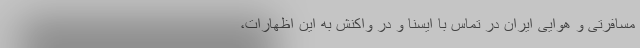
مسافرتی و هوایی ایران در تماس با ایسنا و در واکنش به این اظهارات،